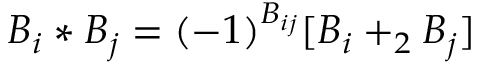
B _ { i } * B _ { j } = ( - 1 ) ^ { B _ { i j } } [ B _ { i } + _ { 2 } B _ { j } ]